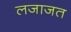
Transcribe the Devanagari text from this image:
लजाजत